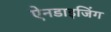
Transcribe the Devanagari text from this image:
ऐनडाइजिंग